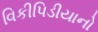
વિકીપિડીયાનો